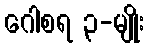
ဂေါစရ ၃-မျိုး